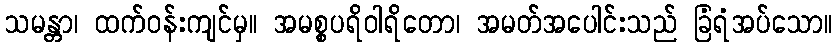
သမန္တာ၊ ထက်ဝန်းကျင်မှ။ အမစ္စပရိဝါရိတော၊ အမတ်အပေါင်းသည် ခြံရံအပ်သော။